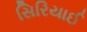
સિરિયાઈ